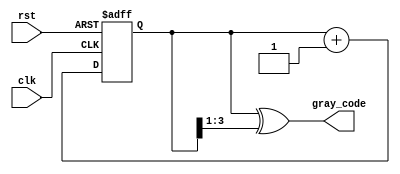
module gray_code_counter(
    input wire clk,
    input wire rst,
    output reg [3:0] gray_code
);

reg [3:0] q;

always @(posedge clk or posedge rst) begin
    if (rst) begin
        q <= 4'b0000;
    end else begin
        q <= q + 1;
    end
end

assign gray_code = q ^ (q >> 1);

endmodule